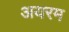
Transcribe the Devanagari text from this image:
अयरम